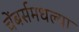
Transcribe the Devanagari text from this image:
चेंबर्समधल्या